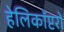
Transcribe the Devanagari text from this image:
हेलिकाॅप्टरों